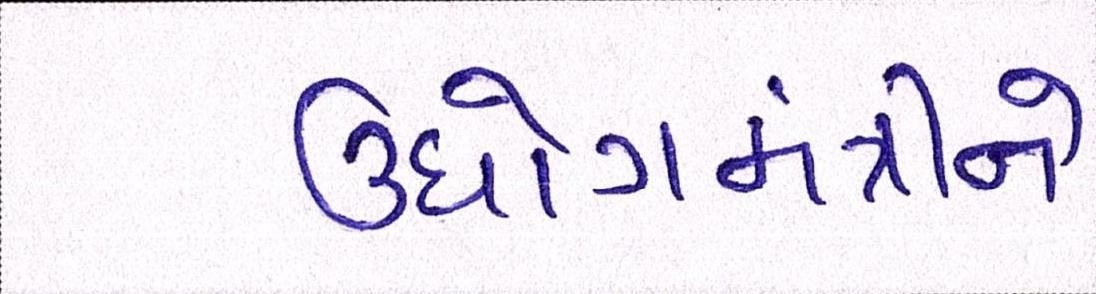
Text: ઉધોગમંત્રીને